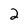
Character: 2